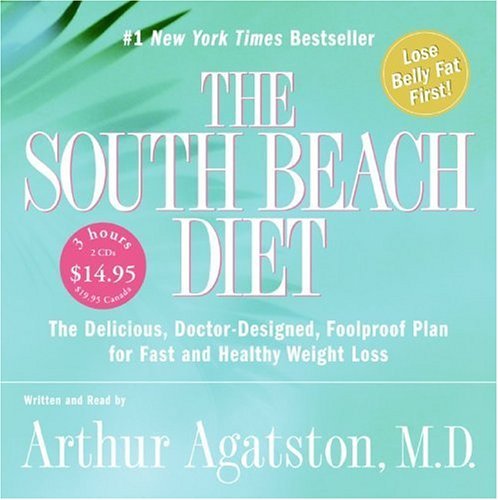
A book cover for By Arthur Agatston M.D. The South Beach Diet (Abridged) [Audio CD]; Health, Fitness & Dieting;